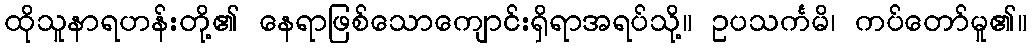
ထိုသူနာရဟန်းတို့၏ နေရာဖြစ်သောကျောင်းရှိရာအရပ်သို့။ ဥပသင်္ကမိ၊ ကပ်တော်မူ၏။